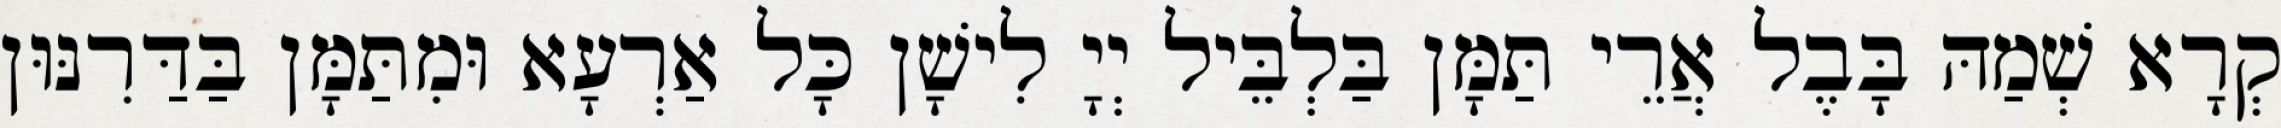
קְרָא שְׁמַהּ בָּבֶל אֲרֵי תַּמָּן בַּלְבֵּיל יְיָ לִישָׁן כָּל אַרְעָא וּמִתַּמָּן בַּדַּרִנּוּן